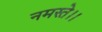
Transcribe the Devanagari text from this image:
नमस्ते।।